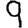
Digit: 9